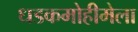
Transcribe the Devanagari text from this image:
धडकमोहीमेला